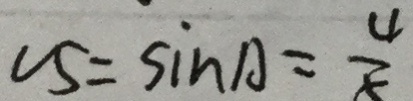
u 5 = \sin A = \frac { 4 } { 5 }